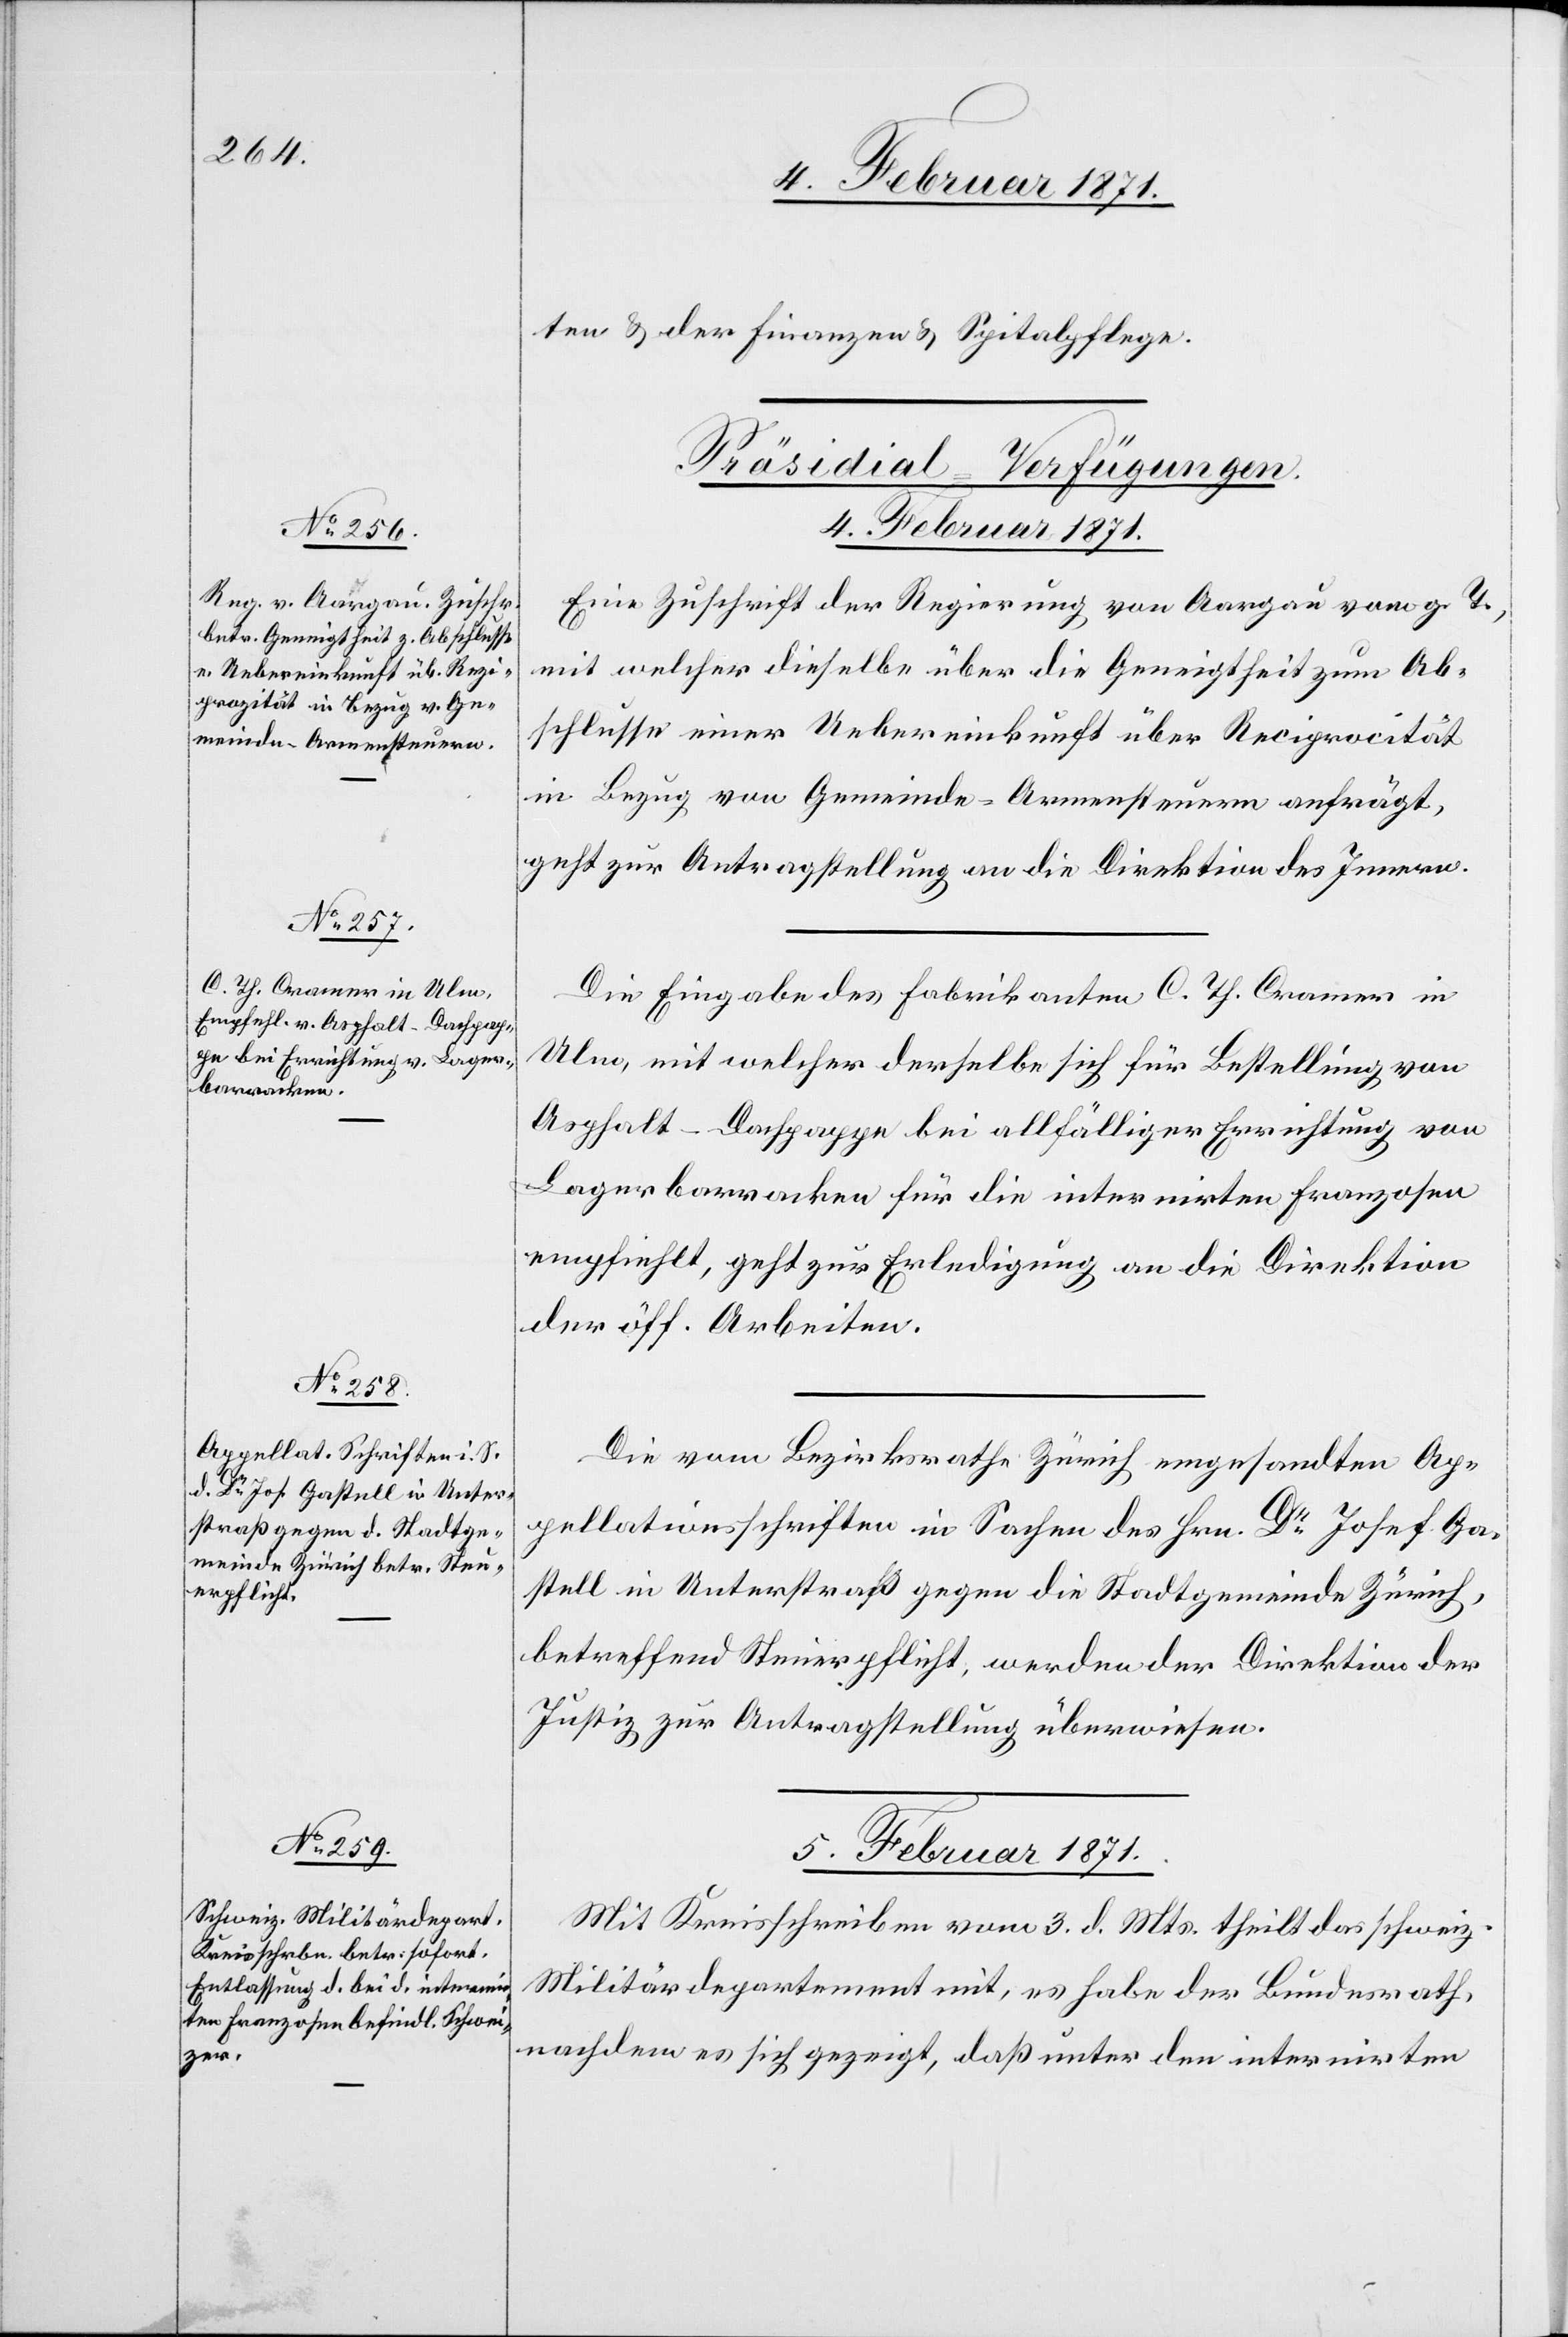
ten u. der Finanzen u. Spitalpflege.
[Präsidial-Verfügungen]
Eine Zuschrift der Regierung von Aargau vom g. T.,
mit welcher dieselbe über die Geneigtheit zum Ab¬
schlusse einer Uebereinkunft über Reciprocität
in Bezug von Gemeinde-Armensteuern anfrägt,
geht zur Antragstellung an die Direktion des Innern.
Die Eingabe des Fabrikanten C. Th. Cramer in
Ulm, mit welcher derselbe sich für Bestellung von
Asphalt-Dachpappe bei allfälliger Errichtung von
Lagerbarracken für die internirten Franzosen
empfiehlt, geht zur Erledigung an die Direktion
der öff. Arbeiten.
Die vom Bezirksrathe Zürich eingesandten Ap¬
pellationsschriften in Sachen des Hrn. Dr. Josef Ga¬
stell in Unterstraß gegen die Stadtgemeinde Zürich,
betreffend Steuerpflicht, werden der Direktion der
Justiz zur Antragstellung überwiesen.
5. Februar 1871.
Mit Kreisschreiben vom 3. d. Mts. theilt das schweiz.
Militärdepartement mit, es habe der Bundesrath,
nachdem es sich gezeigt, daß unter den internirten